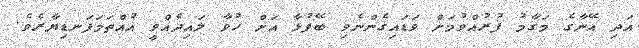
އަދި އޭނާގެ މަގާމު ފުރުއްވުމަށް ވަޑައިގެންނެވި ބޭފުޅާ އަށް ހުވާ ލައިދެއްވީ އުއްތަމަފަނޑިޔާރެވެ.